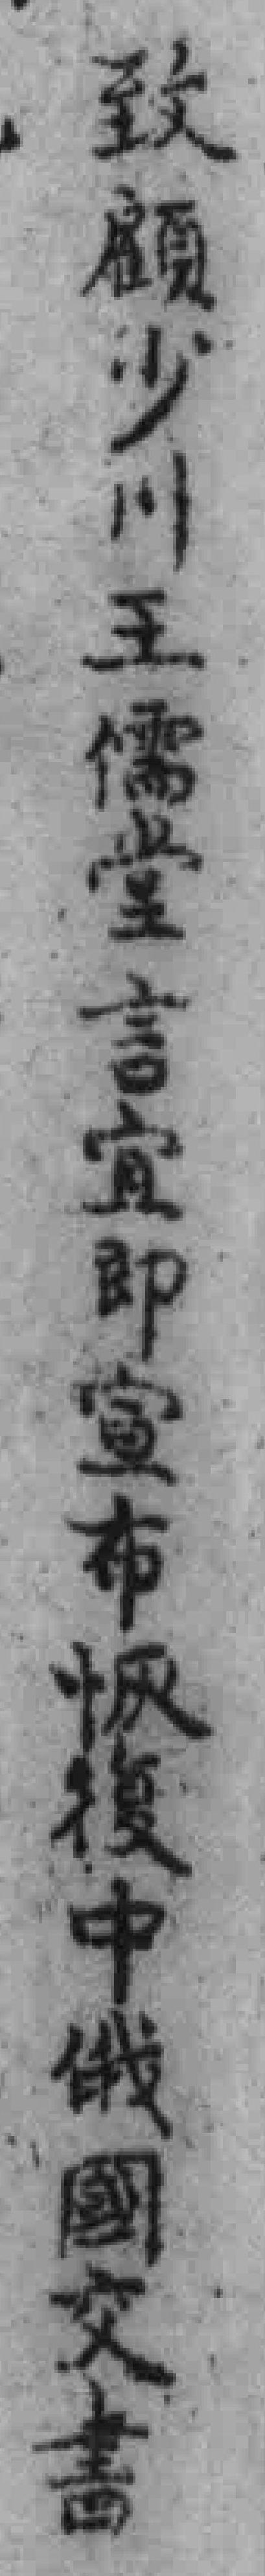
致顧少川王儒堂言宜即宣布恢復中俄國交書